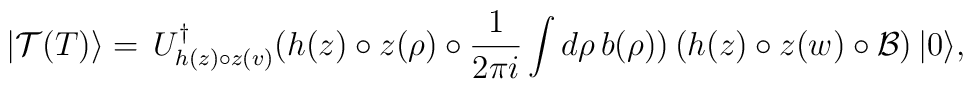
|\mathcal{T}(T)\rangle = \,U_{h(z)\circ z(v)}^{\dagger} (h(z)\circ z(\rho) \circ \frac{1}{2 \pi i}\int d\rho\, b(\rho))\left(h(z)\circ z(w)\circ \mathcal{B} \right)|0\rangle,